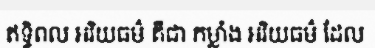
ឥទ្ធិពល អរិយធម៌ គឺជា កម្លាំង អរិយធម៌ ដែល